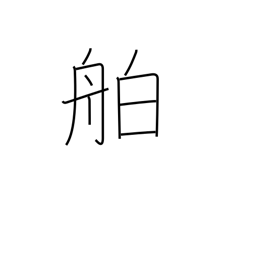
Meaning: liner